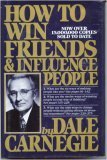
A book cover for How to Win Friends & Influence People (Revised); Dale Carnegie; Business & Money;